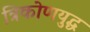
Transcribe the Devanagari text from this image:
त्रिकोणयुद्ध